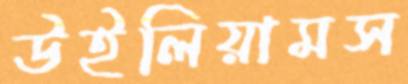
উইলিয়ামস